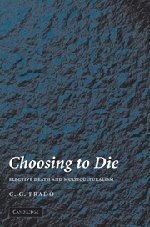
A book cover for Choosing to Die: Elective Death and Multiculturalism; C. G. Prado; Medical Books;